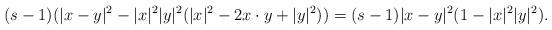
LaTeX: \begin{align*}(s-1)(|x-y|^2-|x|^2|y|^2(|x|^2-2x\cdot y+|y|^2))=(s-1)|x-y|^2(1-|x|^2|y|^2).\end{align*}